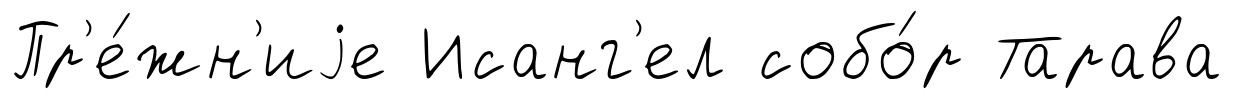
Пр'е́жн'иjе Исанг'ел собо́р Тарава